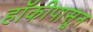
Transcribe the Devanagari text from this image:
हॉकीपासून